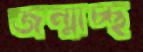
জন্মাচ্ছ